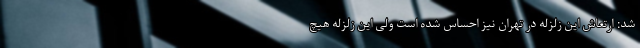
شد: ارتعاش این زلزله در تهران نیز احساس شده است ولی این زلزله هیچ